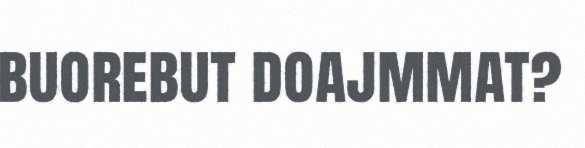
buorebut doajmmat?